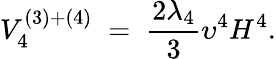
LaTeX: V_{4}^{(3)+(4)}\; =\; \frac{2\lambda_{4}}{3}\upsilon^{4}H^{4}.